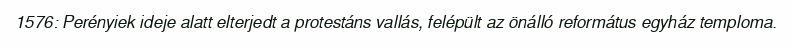
1576: Perényiek ideje alatt elterjedt a protestáns vallás, felépült az önálló református egyház temploma.